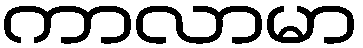
ကာလာမာ